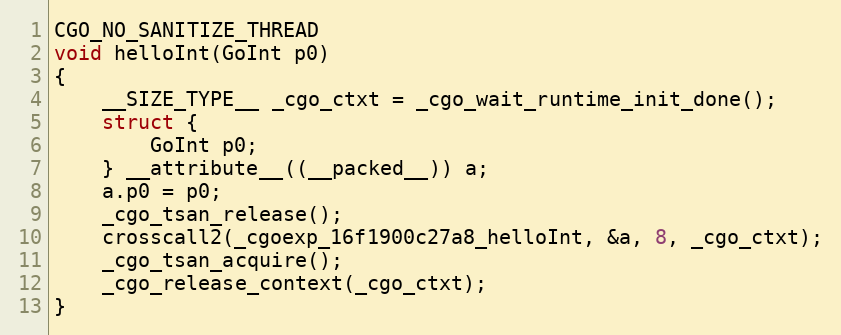
Language: C
CGO_NO_SANITIZE_THREAD
void helloInt(GoInt p0)
{
	__SIZE_TYPE__ _cgo_ctxt = _cgo_wait_runtime_init_done();
	struct {
		GoInt p0;
	} __attribute__((__packed__)) a;
	a.p0 = p0;
	_cgo_tsan_release();
	crosscall2(_cgoexp_16f1900c27a8_helloInt, &a, 8, _cgo_ctxt);
	_cgo_tsan_acquire();
	_cgo_release_context(_cgo_ctxt);
}